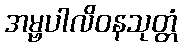
အမ္ဗပါလိဝနသုတ္တံ